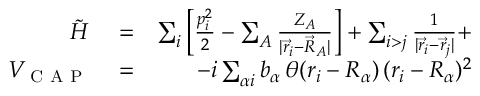
\begin{array} { r l r } { \tilde { H } } & { { } = } & { \sum _ { i } \left[ \frac { p _ { i } ^ { 2 } } { 2 } - \sum _ { A } \frac { Z _ { A } } { | \vec { r } _ { i } - \vec { R } _ { A } | } \right] + \sum _ { i > j } \frac { 1 } { | \vec { r } _ { i } - \vec { r } _ { j } | } + } \\ { V _ { \textsc { C A P } } } & { { } = } & { - i \sum _ { \alpha i } b _ { \alpha } \, \theta ( r _ { i } - R _ { \alpha } ) \, ( r _ { i } - R _ { \alpha } ) ^ { 2 } } \end{array}